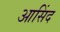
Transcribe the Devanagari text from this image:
आसिंद